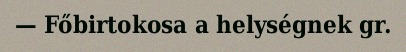
— Főbirtokosa a helységnek gr.